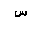
Letter: _sin